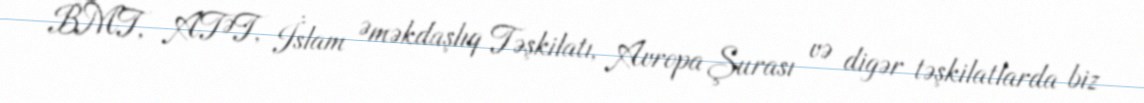
BMT, ATƏT, İslam Əməkdaşlıq Təşkilatı, Avropa Şurası və digər təşkilatlarda biz